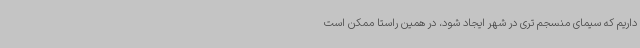
داریم که سیمای منسجم تری در شهر ایجاد شود، در همین راستا ممکن است